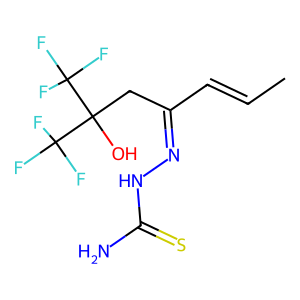
SMILES: CC=CC(CC(O)(C(F)(F)F)C(F)(F)F)=NNC(N)=S
Inhibits HIV replication: No